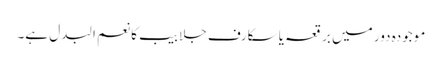
موجودہ دور میں برقعہ یا سکارف جلابیب کا نعم البدل ہے۔